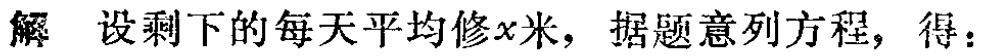
解 设剩下的每天平均修\(x\)米，据题意列方程，得：